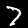
Label: 7